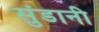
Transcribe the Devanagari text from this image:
सुंडानी